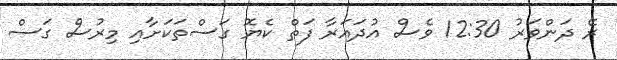
ރޭ ދަންވަރު 12:30 ވެސް އުދައަރާ ފަތް ކެޔޮ ގަސްތަކަށާއި މިރުސް ގަސް